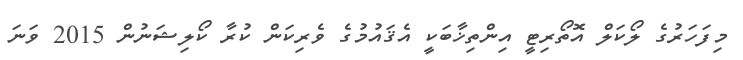
މިފަހަރުގެ ލޯކަލް އޮތޯރިޓީ އިންތިޚާބަކީ އެޤައުމުގެ ވެރިކަން ކުރާ ކޯލިޝަނުން 2015 ވަނަ